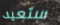
ستعيد